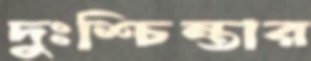
দুঃশ্চিন্তার